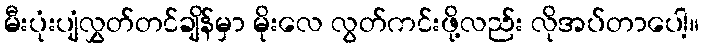
မီးပုံးပျံလွှတ်တင်ချိန်မှာ မိုးလေ လွတ်ကင်းဖို့လည်း လိုအပ်တာပေါ့။